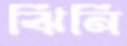
ঝিনি